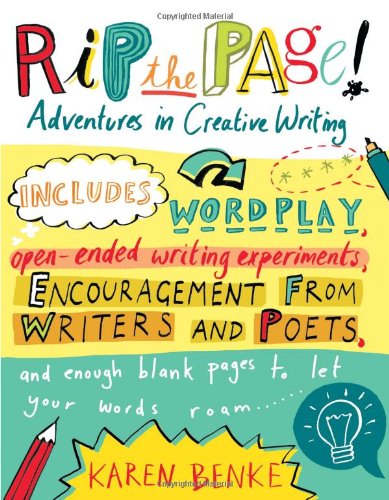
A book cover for Rip the Page!: Adventures in Creative Writing; Karen Benke; Children's Books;